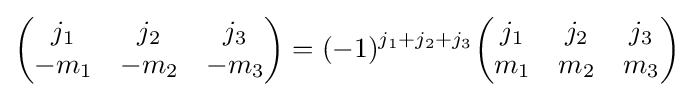
{\begin{pmatrix}j_{1}&j_{2}&j_{3}\\-m_{1}&-m_{2}&-m_{3}\end{pmatrix}}=(-1)^{j_{1}+j_{2}+j_{3}}{\begin{pmatrix}j_{1}&j_{2}&j_{3}\\m_{1}&m_{2}&m_{3}\end{pmatrix}}